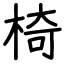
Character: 椅